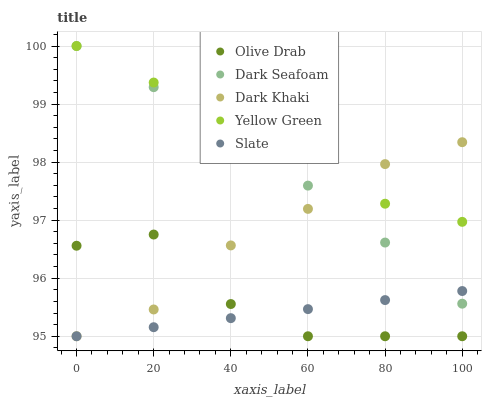
| xaxis_label | Olive Drab | Dark Seafoam | Dark Khaki | Yellow Green | Slate |
 | --- | --- | --- | --- | --- | --- |
 | 0 | 96.6 | 100 | 95 | 100 | 95 |
 | 20 | 96.8 | 99.3 | 95.5 | 99.4 | 95.2 |
 | 40 | 95.6 | 98.2 | 96.6 | 98.8 | 95.3 |
 | 60 | 95 | 97.6 | 97.2 | 98.2 | 95.5 |
 | 80 | 95 | 96.6 | 98 | 97.3 | 95.6 |
 | 100 | 95 | 95.6 | 98.3 | 97 | 95.8 |